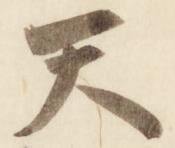
天